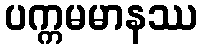
ပက္ကမမာနဿ